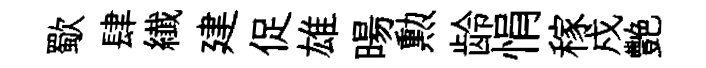
歜肆纎建促雄暘勲龄悁稼戍艷